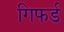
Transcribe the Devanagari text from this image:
गिफर्ड